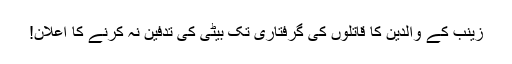
زینب کے والدین کا قاتلوں کی گرفتاری تک بیٹی کی تدفین نہ کرنے کا اعلان!